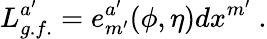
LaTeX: L_{g.f.}^{a^{\prime}}=e_{m^{\prime}}^{a^{\prime}}(\phi,\eta)dx^{m^{\prime}}\ .